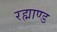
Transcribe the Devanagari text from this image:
रह्माण्ड